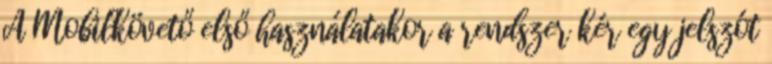
A Mobilkövető első használatakor a rendszer kér egy jelszót